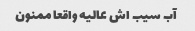
آب سیب اش عالیه واقعا ممنون